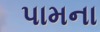
પામના